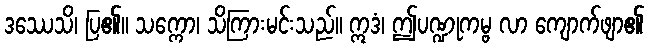
ဒဿေသိ၊ ပြ၏။ သက္ကော၊ သိကြားမင်းသည်။ ဣဒံ၊ ဤပဏ္ဍုကမ္ဗ လာ ကျောက်ဖျာ၏